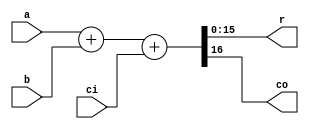
`timescale 1ns / 1ps
//////////////////////////////////////////////////////////////////////////////////
// Company: 
// Engineer: 
// 
// Design Name: 
// Module Name:    Adder 
// Project Name: 
// Target Devices: 
// Tool versions: 
// Description: 
//
// Dependencies: 
//
// Revision: 
// Revision 0.01 - File Created
// Additional Comments: 
//
//////////////////////////////////////////////////////////////////////////////////
module adder_16b(
	input [15:0] a,
	input [15:0] b,
	input ci,
	output [15:0] r,
	output co
	);
	
	assign {co, r} = a + b + ci;

endmodule